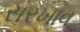
સરખાવ